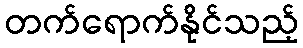
တက်ရောက်နိုင်သည့်